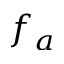
f _ { a }